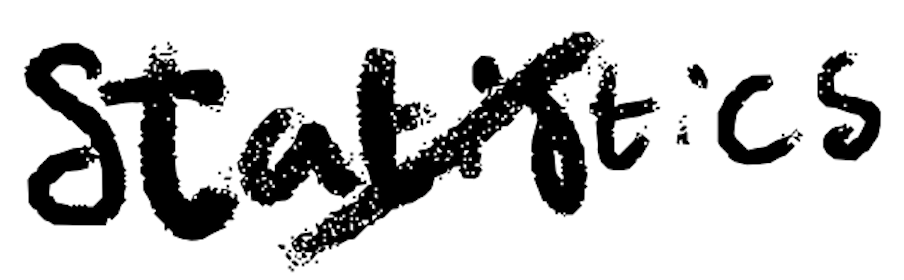
Text: statistics
Cross-out: diagonal
Writing tool: digital_black